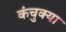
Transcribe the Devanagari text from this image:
कंचुक्या